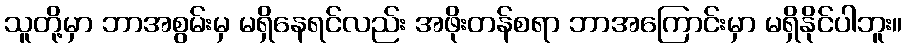
သူတို့မှာ ဘာအစွမ်းမှ မရှိနေရင်လည်း အဖိုးတန်စရာ ဘာအကြောင်းမှာ မရှိနိုင်ပါဘူး။